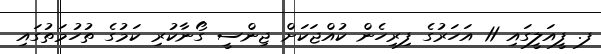
ފ. ފީއަލީގައި 11 އަހަރުގެ ފިރިހެން ކުއްޖަކަށް ޖިންސީ ގޯނާކުރި ކަމުގެ ތުހުމަތުގައި